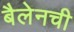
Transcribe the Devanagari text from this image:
बैलेनची